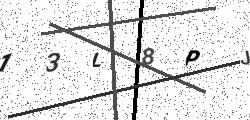
Text: 13L8PJ